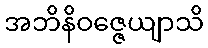
အဘိနိဝဇ္ဇေယျာသိ